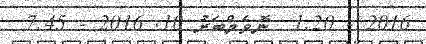
2016 - 1:20  ނޮވެމްބަރު 10